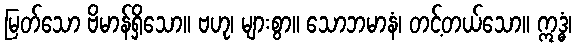
မြတ်သော ဗိမာန်ရှိသော။ ဗဟု၊ များစွာ။ သောဘမာနံ၊ တင့်တယ်သော။ ဣဒ္ဓံ၊